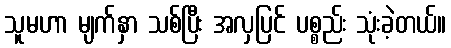
သူမဟာ မျက်နှာ သစ်ပြီး အလှပြင် ပစ္စည်း သုံးခဲ့တယ်။